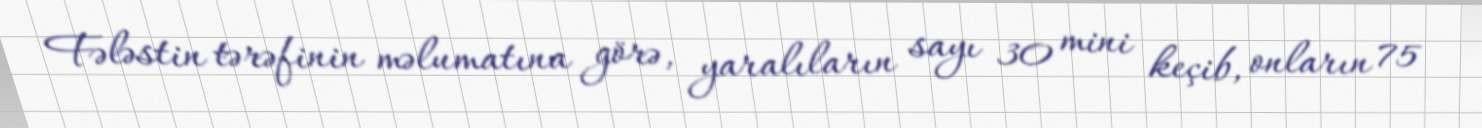
Fələstin tərəfinin məlumatına görə, yaralıların sayı 30 mini keçib, onların 75